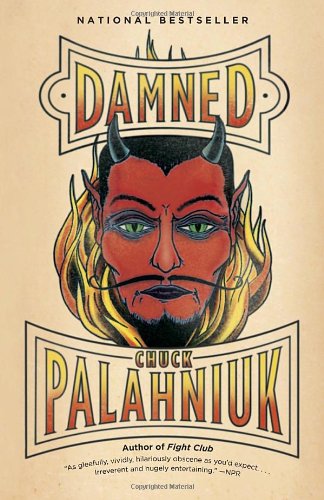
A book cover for Damned; Chuck Palahniuk; Literature & Fiction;